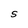
Character: S